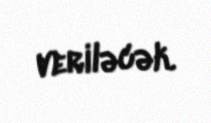
veriləcək.